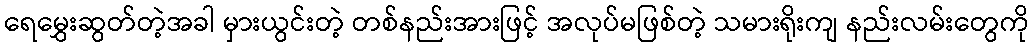
ရေမွှေးဆွတ်တဲ့အခါ မှားယွင်းတဲ့ တစ်နည်းအားဖြင့် အလုပ်မဖြစ်တဲ့ သမားရိုးကျ နည်းလမ်းတွေကို